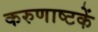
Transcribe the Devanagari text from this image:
करुणाष्टकें